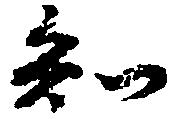
知